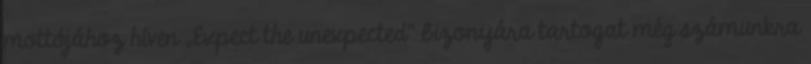
mottójához híven „Expect the unexpected” bizonyára tartogat még számunkra